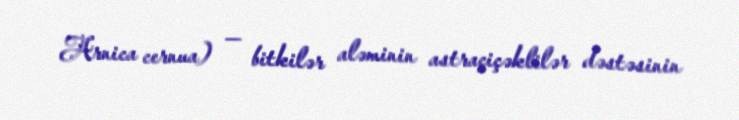
Arnica cernua) — bitkilər aləminin astraçiçəklilər dəstəsinin